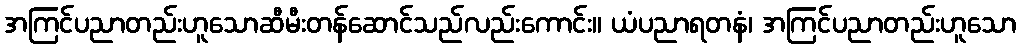
အကြင်ပညာတည်းဟူသောဆီမီးတန်ဆောင်သည်လည်းကောင်း။ ယံပညာရတနံ၊ အကြင်ပညာတည်းဟူသော